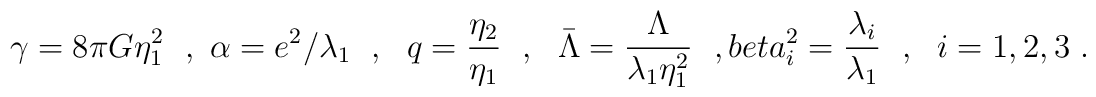
\gamma=8\pi G\eta_1^2 \ \ , \ \alpha=e^2/\lambda_1 \ \ , \ \ q=\frac{\eta_2}{\eta_1} \ \ , \ \ {\bar\Lambda}=\frac\Lambda{\lambda_1\eta_1^2} \ \ , \ \\beta_i^2=\frac{\lambda_i}{\lambda_1} \ \ , \ \ i=1,2,3 \ .